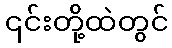
၎င်းတို့ထဲတွင်